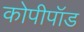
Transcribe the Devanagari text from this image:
कोपीपॉड